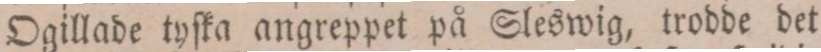
Ogillade tyſka angreppet på Sleswig, trodde det